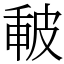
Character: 𤿪